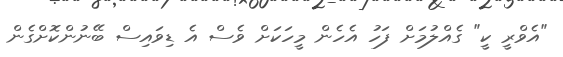
"އެވްރީ ކީ" ގެއްލުމަށް ފަހު އެހެން މީހަކަށް ވެސް އެ ޑިވައިސް ބޭނުންކޮށްގެން